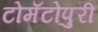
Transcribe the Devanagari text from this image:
टोमॅटोपुरी